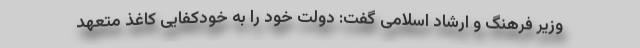
وزیر فرهنگ و ارشاد اسلامی گفت: دولت خود را به خودکفایی کاغذ متعهد